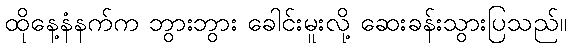
ထိုနေ့နံနက်က ဘွားဘွား ခေါင်းမူးလို့ ဆေးခန်းသွားပြသည်။